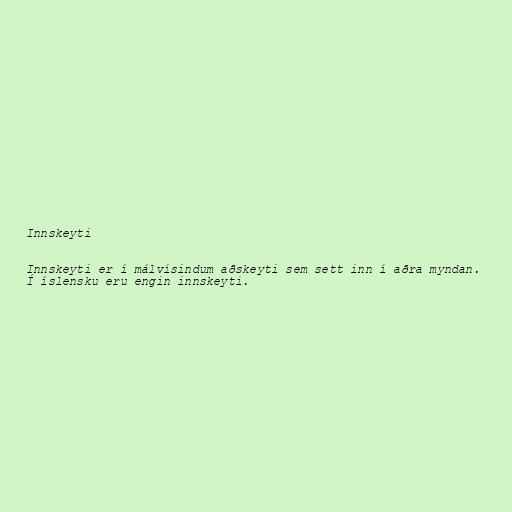
Innskeyti

Innskeyti er í málvísindum aðskeyti sem sett inn í aðra myndan.
Í íslensku eru engin innskeyti.